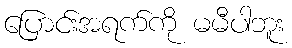
ပြောင်းအရက်ကို မမီပါဘူး